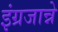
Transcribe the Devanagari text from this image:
इंग्रजान्ने